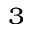
^ { 3 }